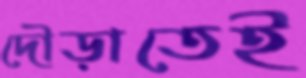
দৌড়াতেই